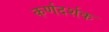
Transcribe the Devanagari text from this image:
कर्णदर्शक